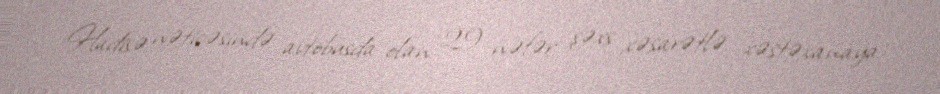
Hadisə nəticəsində avtobusda olan 29 nəfər şəxs xəsarətlə xəstəxanaya